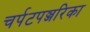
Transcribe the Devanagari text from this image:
चर्पटपञ्जरिका